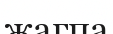
жагпа